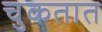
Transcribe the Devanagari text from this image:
चुकतात